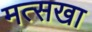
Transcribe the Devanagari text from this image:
मत्सखा